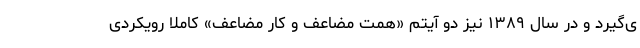
ی‌گیرد و در سال ۱۳۸۹ نیز دو آیتم «همت مضاعف و کار مضاعف» کاملا رویکردی